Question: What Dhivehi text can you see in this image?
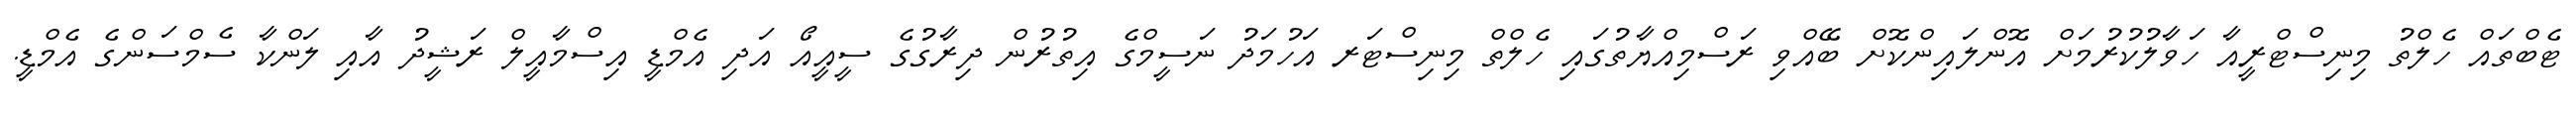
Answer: ޓެބްތައް ހެލްތު މިނިސްޓްރީއާ ހަވާލުކުރުމަށް އޮންލައިންކޮށް ބޭއްވި ރަސްމިއްޔާތުގައި ހެލްތް މިނިސްޓަރ އަހުމަދު ނަސީމްގެ އިތުރުން ދިރާގުގެ ސީއީއޯ އަދި އެމްޑީ އިސްމާއީލް ރަޝީދު އާއި ލަންކާ ސެމްސަންގެ އެމްޑީ.